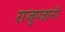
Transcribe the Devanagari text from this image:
राजुपत्रांनी